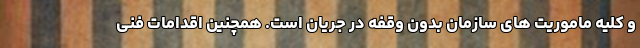
و کلیه ماموریت هاى سازمان بدون وقفه در جریان است. همچنین اقدامات فنى